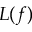
L ( f )